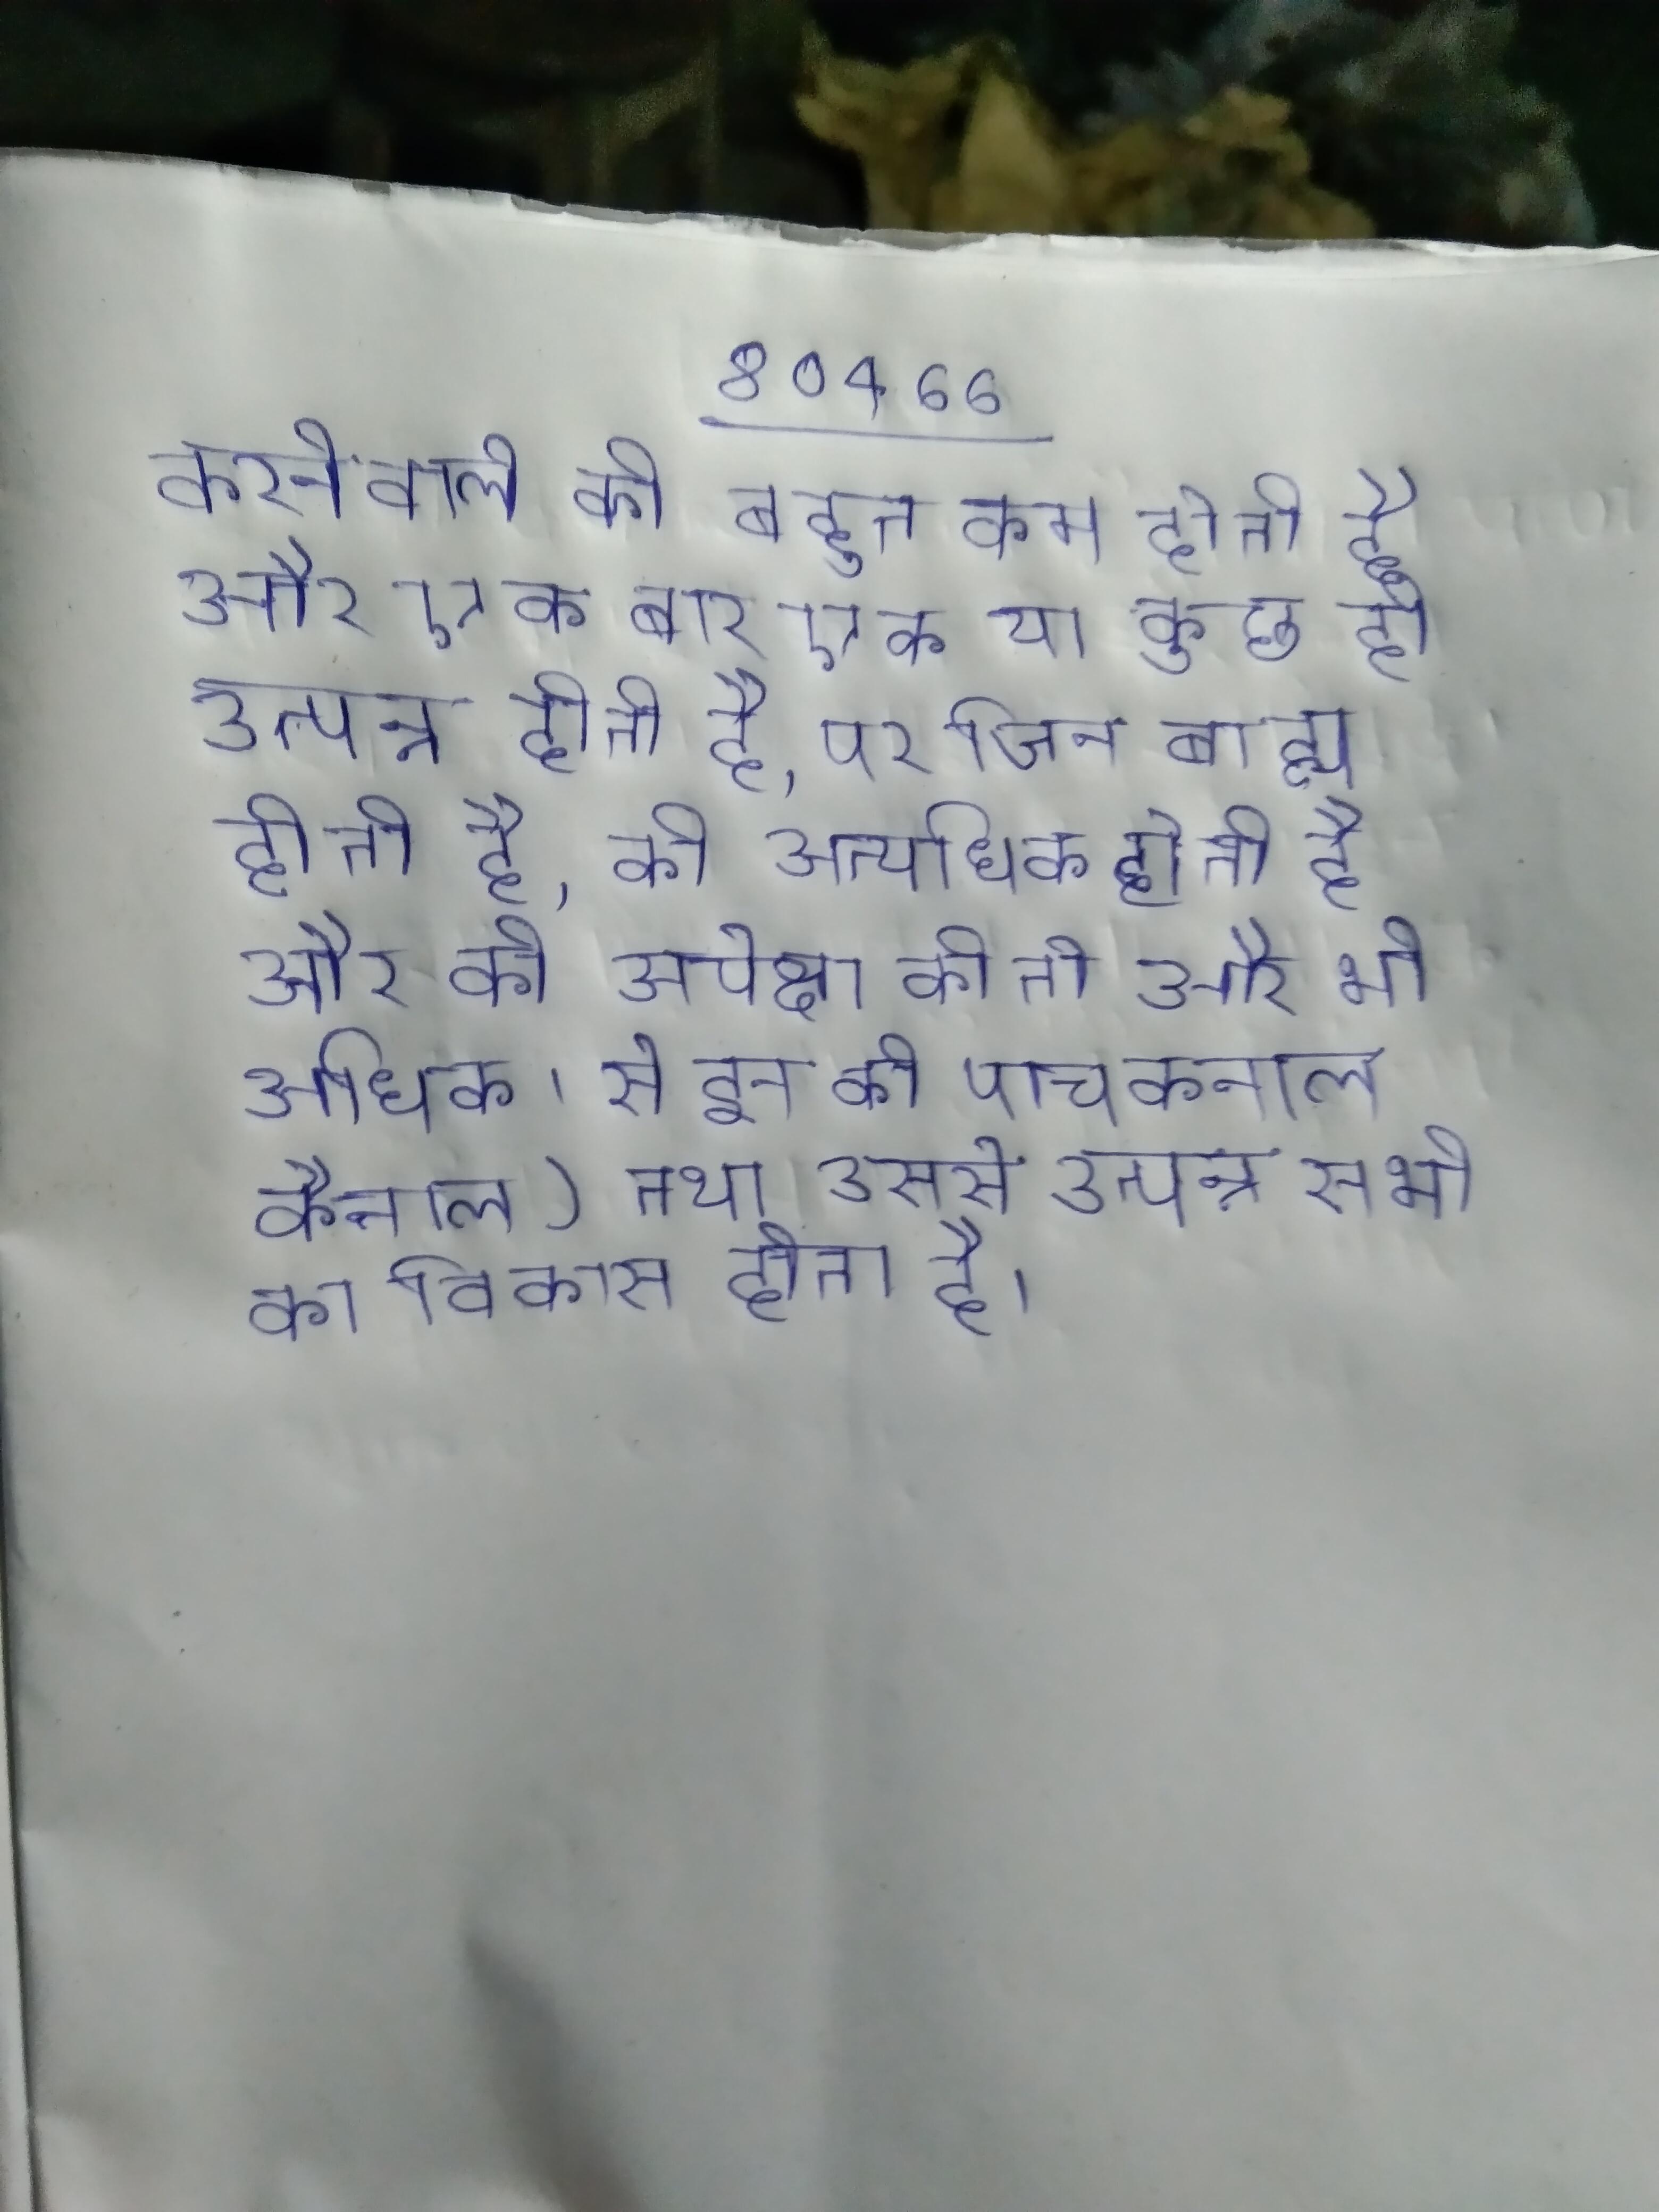
करनेवाले की बहुत कम होती है और एक बार एक या कुछ ही उत्पन्न होती है, पर जिन बाह्य होता है, की अत्यधिक होती है और की अपेक्षा की तो और भी अधिक । से इन की पाचकनाल कैनाल) तथा उससे उत्पन्न सभी का विकास होता है ।